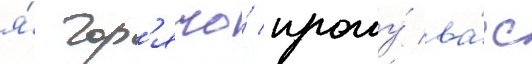
я́ гор'ячо́ прошу́ ва́с